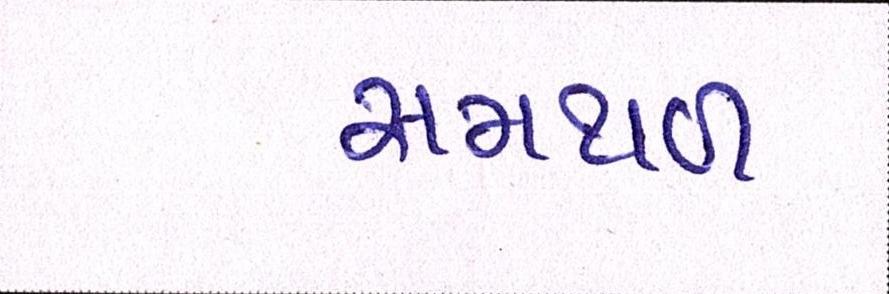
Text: સમથળ